Report on sanitation, dispensaries, and jails in Rajputana for 1917, and on vaccination for the year 1917-1918 - 1917-1918
Year: 1917
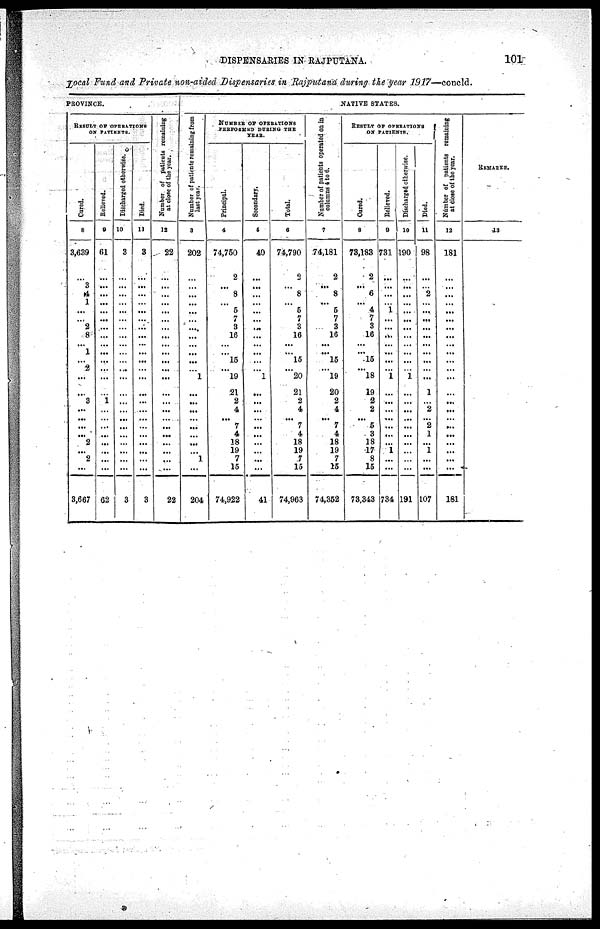
DISPENSARIES IN RAJPUTANA.
101
Local Fund and Private non-aided Dispensaries in Rajputana during the year 1917—concld.
PROVINCE.
RESULT OF OPERATIONS
ON PATIENTS.
Cured.
8
3,639
...
3
4
1
...
...
2
8
...
1
...
2
...
...
3
...
...
...
...
2
...
2
...
3,667
Relieved.
9
61
...
...
...
...
...
...
...
...
...
...
...
...
...
...
1
...
...
...
...
...
...
...
...
62
Di s c ha r
ge d ohterwise.
10
3
...
...
...
...
...
...
...
...
...
...
...
...
...
...
...
...
...
...
...
...
...
...
...
3
Di ed.
11
3
...
...
...
...
...
...
...
...
...
...
...
...
...
...
...
...
...
...
...
...
...
...
...
3
Number of patients remaining
at close of the year.
12
22
...
...
...
...
...
...
...
...
...
...
...
...
...
...
...
...
...
...
...
...
...
...
...
22
NATIVE STATES.
Number of patients remaining from
last
year.
3
202
...
...
...
...
...
...
...
...
...
...
...
...
1
...
...
...
...
...
...
...
...
1
...
204
NUMBER OF OPERATIONS
PERFORMED DURING THE
YEAR.
Principal.
4
74,750
2
...
8
... 5
7
3
16
...
...
15
...
19
21
2
4
...
7
4
18
19
7
15
74,922
Secondary.
5
40
...
...
...
...
...
...
...
...
...
...
...
...
1
...
...
...
...
...
...
...
...
...
...
41
Total.
6
74,790
2
...
8
... 5
7
3
16
...
...
15
...
20
21
2
4
...
7
4
18
19
7
15
74,963
Number of patients operated
on in
columns
4 to 6.
7
74,181
2
...
8
...
5
7
3
16
...
...
15
...
19
20
2
4
...
7
4
18
19
7
15
74,352
RESULT OF OPERATIONS
ON PATIENTS.
Cured.
8
73,183
2
...
6
... 4
7
3
16
...
...
15
...
18
19
2
2
...
5
3
18
17
8
15
73,343
Relieved.
9
731
...
...
...
... 1
...
...
...
...
...
...
...
1
...
...
...
...
...
...
...
1
...
...
734
Discharged otherwise.
10
190
...
...
...
...
...
...
...
...
...
...
...
...
1
...
...
...
...
...
...
...
...
...
...
191
Died.
11
98
...
...
2
...
...
...
...
...
...
...
...
...
...
1
...
2
...
2
1
...
1
...
...
107
Number of patients remaining
at close of the year.
12
181
...
...
...
...
...
...
...
...
... ...
...
...
...
...
...
...
...
...
...
...
...
...
...
181
REMARKS.
13